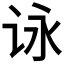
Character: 𰵞